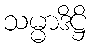
သမ္မာဒိဋ္ဌိ